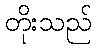
တိုးသည်